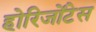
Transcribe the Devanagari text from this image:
होरिजोंटेस